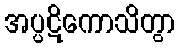
အပ္ပဋိကောသိတွာ